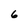
Character: 6